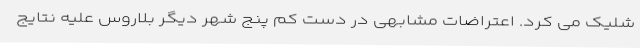
شلیک می کرد. اعتراضات مشابهی در دست کم پنج شهر دیگر بلاروس علیه نتایج